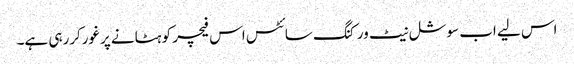
اس لیے اب سوشل نیٹ ورکنگ سائٹس اس فیچر کو ہٹانے پرغورکررہی ہے۔